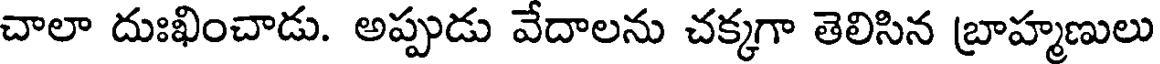
చాలా దుఃఖించాడు. అప్పుడు వేదాలను చక్కగా తెలిసిన బ్రాహ్మణులు